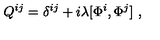
Q ^ { i j } = \delta ^ { i j } + i \lambda [ \Phi ^ { i } , \Phi ^ { j } ] \ ,